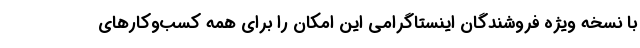
با نسخه ویژه فروشندگان اینستاگرامی این امکان را برای همه کسب‌وکارهای